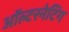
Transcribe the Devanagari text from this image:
ऑल्टरनेटिंग